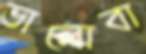
ভালোবা